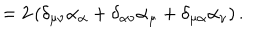
LaTeX: = 2 \left( \delta _ { \mu \nu } \alpha _ { \alpha } + \delta _ { \alpha \nu } \alpha _ { \mu } + \delta _ { \mu \alpha } \alpha _ { \nu } \right) .